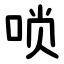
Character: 唢